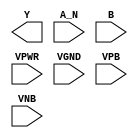
/**
 * Copyright 2020 The SkyWater PDK Authors
 *
 * Licensed under the Apache License, Version 2.0 (the "License");
 * you may not use this file except in compliance with the License.
 * You may obtain a copy of the License at
 *
 *     https://www.apache.org/licenses/LICENSE-2.0
 *
 * Unless required by applicable law or agreed to in writing, software
 * distributed under the License is distributed on an "AS IS" BASIS,
 * WITHOUT WARRANTIES OR CONDITIONS OF ANY KIND, either express or implied.
 * See the License for the specific language governing permissions and
 * limitations under the License.
 *
 * SPDX-License-Identifier: Apache-2.0
 */

`ifndef SKY130_FD_SC_MS__NAND2B_PP_BLACKBOX_V
`define SKY130_FD_SC_MS__NAND2B_PP_BLACKBOX_V

/**
 * nand2b: 2-input NAND, first input inverted.
 *
 * Verilog stub definition (black box with power pins).
 *
 * WARNING: This file is autogenerated, do not modify directly!
 */

`timescale 1ns / 1ps
`default_nettype none

(* blackbox *)
module sky130_fd_sc_ms__nand2b (
    Y   ,
    A_N ,
    B   ,
    VPWR,
    VGND,
    VPB ,
    VNB
);

    output Y   ;
    input  A_N ;
    input  B   ;
    input  VPWR;
    input  VGND;
    input  VPB ;
    input  VNB ;
endmodule

`default_nettype wire
`endif  // SKY130_FD_SC_MS__NAND2B_PP_BLACKBOX_V